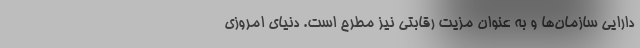
دارایی سازمان‌ها و به عنوان مزیت رقابتی نیز مطرح است. دنیای امروزی